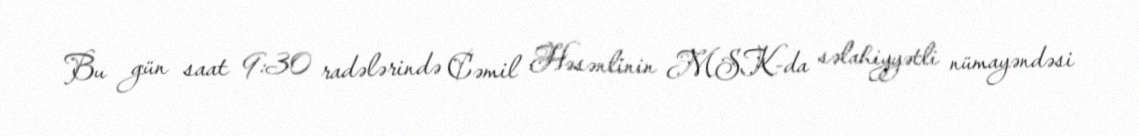
Bu gün saat 9:30 radələrində Cəmil Həsənlinin MSK-da səlahiyyətli nümayəndəsi